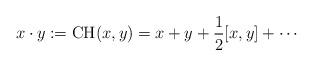
LaTeX: \begin{align*}x\cdot y := \mathrm{CH}(x,y)=x+y+\frac{1}{2}[x,y]+\cdots \end{align*}